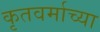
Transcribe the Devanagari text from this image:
कृतवर्माच्या